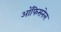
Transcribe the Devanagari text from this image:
ऑफिसनेल